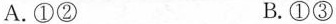
A.①② B.①③